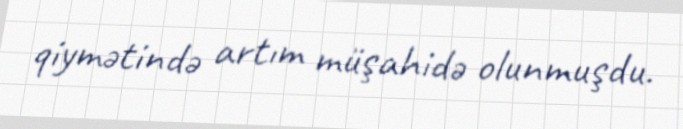
qiymətində artım müşahidə olunmuşdu.